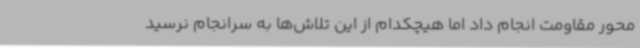
محور مقاومت انجام داد اما هیچکدام از این تلاش‌ها به سرانجام نرسید